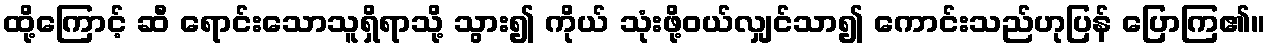
ထို့ကြောင့် ဆီ ရောင်းသောသူရှိရာသို့ သွား၍ ကိုယ် သုံးဖို့ဝယ်လျှင်သာ၍ ကောင်းသည်ဟုပြန် ပြောကြ၏။